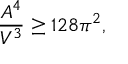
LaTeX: \frac { A ^ { 4 } } { V ^ { 3 } } \ge 1 2 8 \pi ^ { 2 } ,